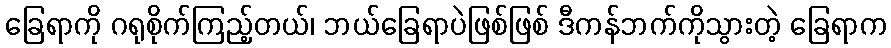
ခြေရာကို ဂရုစိုက်ကြည့်တယ်၊ ဘယ်ခြေရာပဲဖြစ်ဖြစ် ဒီကန်ဘက်ကိုသွားတဲ့ ခြေရာက